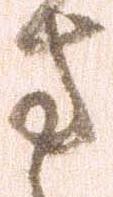
方